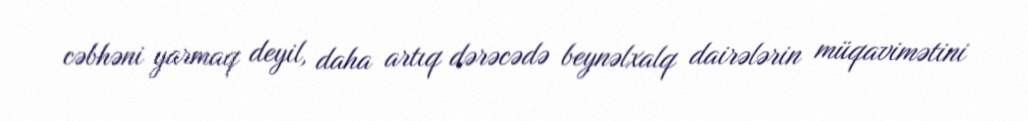
cəbhəni yarmaq deyil, daha artıq dərəcədə beynəlxalq dairələrin müqavimətini